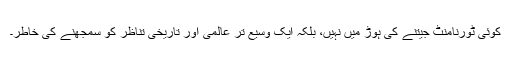
کوئی ٹورنامنٹ جیتنے کی ہوڑ میں نہیں، بلکہ ایک وسیع تر عالمی اور تاریخی تناظر کو سمجھنے کی خاطر۔